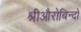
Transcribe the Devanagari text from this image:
श्रीऔरोबिन्दो